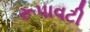
રૂપાવટી